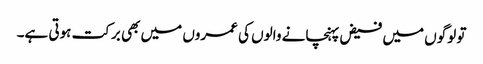
تو لوگوں میں فیض پہنچانے والوں کی عمروں میں بھی برکت ہوتی ہے۔